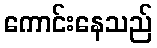
ကောင်းနေသည်